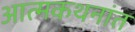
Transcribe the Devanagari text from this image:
आत्मकथनांत